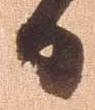
日